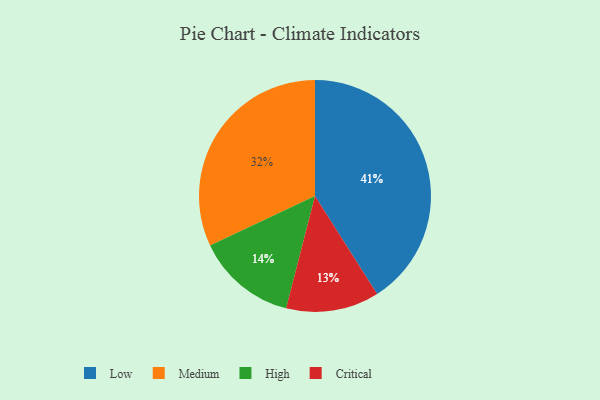
{"axis": {"x": "Category", "y": "Percentage"}, "legend": ["Critical", "High", "Low", "Medium"], "data": [{"x": "Critical", "y": 13, "type": "Critical"}, {"x": "High", "y": 14, "type": "High"}, {"x": "Medium", "y": 32, "type": "Medium"}, {"x": "Low", "y": 41, "type": "Low"}]}